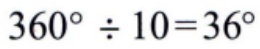
\(360^{\circ} \div 10 = 36^{\circ}\)